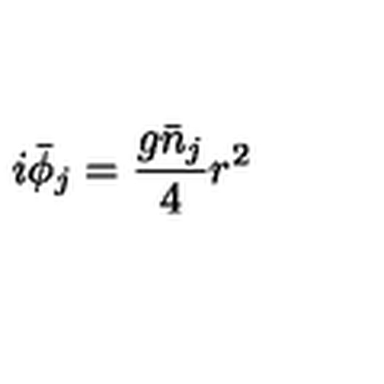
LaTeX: i \bar { \phi } _ { j } = \frac { g \bar { n } _ { j } } { 4 } r ^ { 2 }